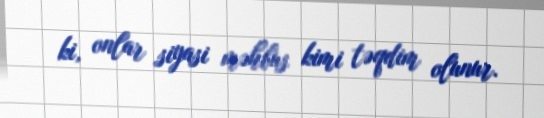
ki, onlar siyasi məhbus kimi təqdim olunur.